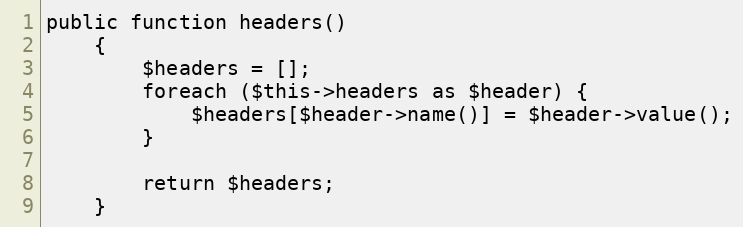
Language: PHP
public function headers()
    {
        $headers = [];
        foreach ($this->headers as $header) {
            $headers[$header->name()] = $header->value();
        }

        return $headers;
    }